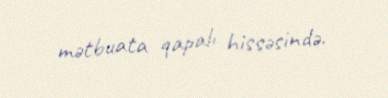
mətbuata qapalı hissəsində.